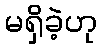
မရှိခဲ့ဟု